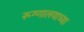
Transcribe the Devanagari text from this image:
रूग्णालयाच्या